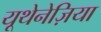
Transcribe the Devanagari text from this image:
यूथेनेज़िया